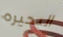
البحيره